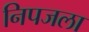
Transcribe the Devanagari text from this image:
निपजला